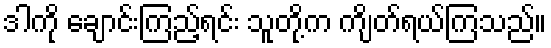
ဒါကို ချောင်းကြည့်ရင်း သူတို့က ကျိတ်ရယ်ကြသည်။